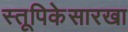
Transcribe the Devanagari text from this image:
स्तूपिकेसारखा